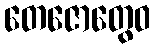
တေဇောတွေဝ